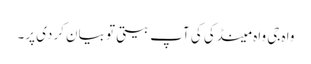
واہ جی واہ مینڈکی کی آپ بیتی تو بیان کردی پر۔